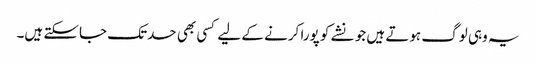
یہ وہی لوگ ہوتے ہیں جو نشے کو پورا کرنے کے لیے کسی بھی حدتک جاسکتے ہیں۔